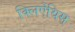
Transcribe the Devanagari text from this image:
क्लिऐंथिस